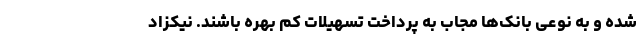
شده و به نوعی بانک‌ها مجاب به پرداخت تسهیلات کم بهره باشند. نیکزاد